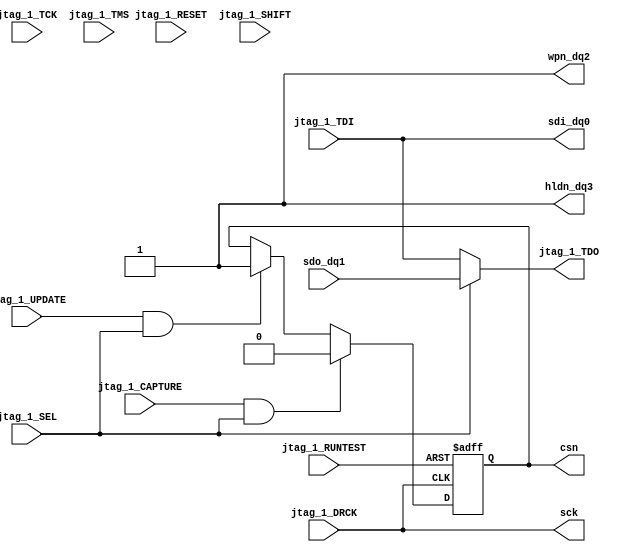
module spiOverJtag (
	input  jtag_1_CAPTURE,
	input  jtag_1_DRCK,
	input  jtag_1_RESET,
	input  jtag_1_RUNTEST,
	input  jtag_1_SEL,
	input  jtag_1_SHIFT,
	input  jtag_1_TCK,
	input  jtag_1_TDI,
	input  jtag_1_TMS,
	input  jtag_1_UPDATE,
	output jtag_1_TDO,

	output csn,
	output sck,
	output sdi_dq0,
	input  sdo_dq1,
	output wpn_dq2,
	output hldn_dq3
);

	wire capture, drck, sel, update;
	wire runtest;
	wire tdi;
	reg fsm_csn;

	assign wpn_dq2  = 1'b1;
	assign hldn_dq3 = 1'b1;
	// jtag -> spi flash
	assign sdi_dq0 = tdi;
	wire tdo = (sel) ? sdo_dq1 : tdi;
	assign  csn = fsm_csn;

	wire tmp_cap_s = capture && sel;
	wire tmp_up_s = update && sel;

	always @(posedge drck, posedge runtest) begin
		if (runtest) begin
			fsm_csn <= 1'b1;
		end else begin
			if (tmp_cap_s) begin
				fsm_csn <= 1'b0;
			end else if (tmp_up_s) begin
				fsm_csn <= 1'b1;
			end else begin
				fsm_csn <= fsm_csn;
			end
		end
	end

	assign sck        = drck;
	assign capture    = jtag_1_CAPTURE;
	assign drck       = jtag_1_DRCK;
	assign runtest    = jtag_1_RUNTEST;
	assign sel        = jtag_1_SEL;
	assign tdi        = jtag_1_TDI;
	assign update     = jtag_1_UPDATE;
	assign jtag_1_TDO = tdo;
endmodule